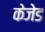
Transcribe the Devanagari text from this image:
केजेड